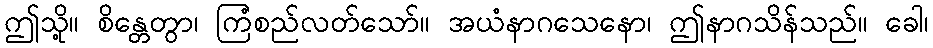
ဤသို့။ စိန္တေတွာ၊ ကြံစည်လတ်သော်။ အယံနာဂသေနော၊ ဤနာဂသိန်သည်။ ခေါ၊